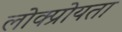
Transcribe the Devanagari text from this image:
लोक्प्रोयता